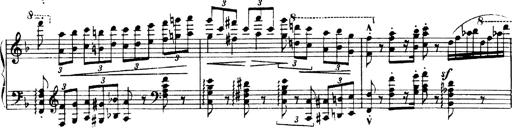
Title: Andante Finale und Marsch aus der Oper KÃ¶nig Alfred
Composer: Franz Liszt